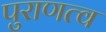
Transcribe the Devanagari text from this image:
पुराणत्व